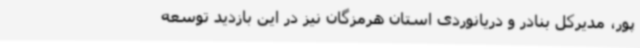
پور، مدیرکل بنادر و دریانوردی استان هرمزگان نیز در این بازدید توسعه